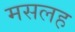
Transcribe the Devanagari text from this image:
मसलह